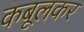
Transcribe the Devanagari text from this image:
कबूलकर